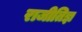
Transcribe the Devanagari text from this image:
राजीतिज्ञ